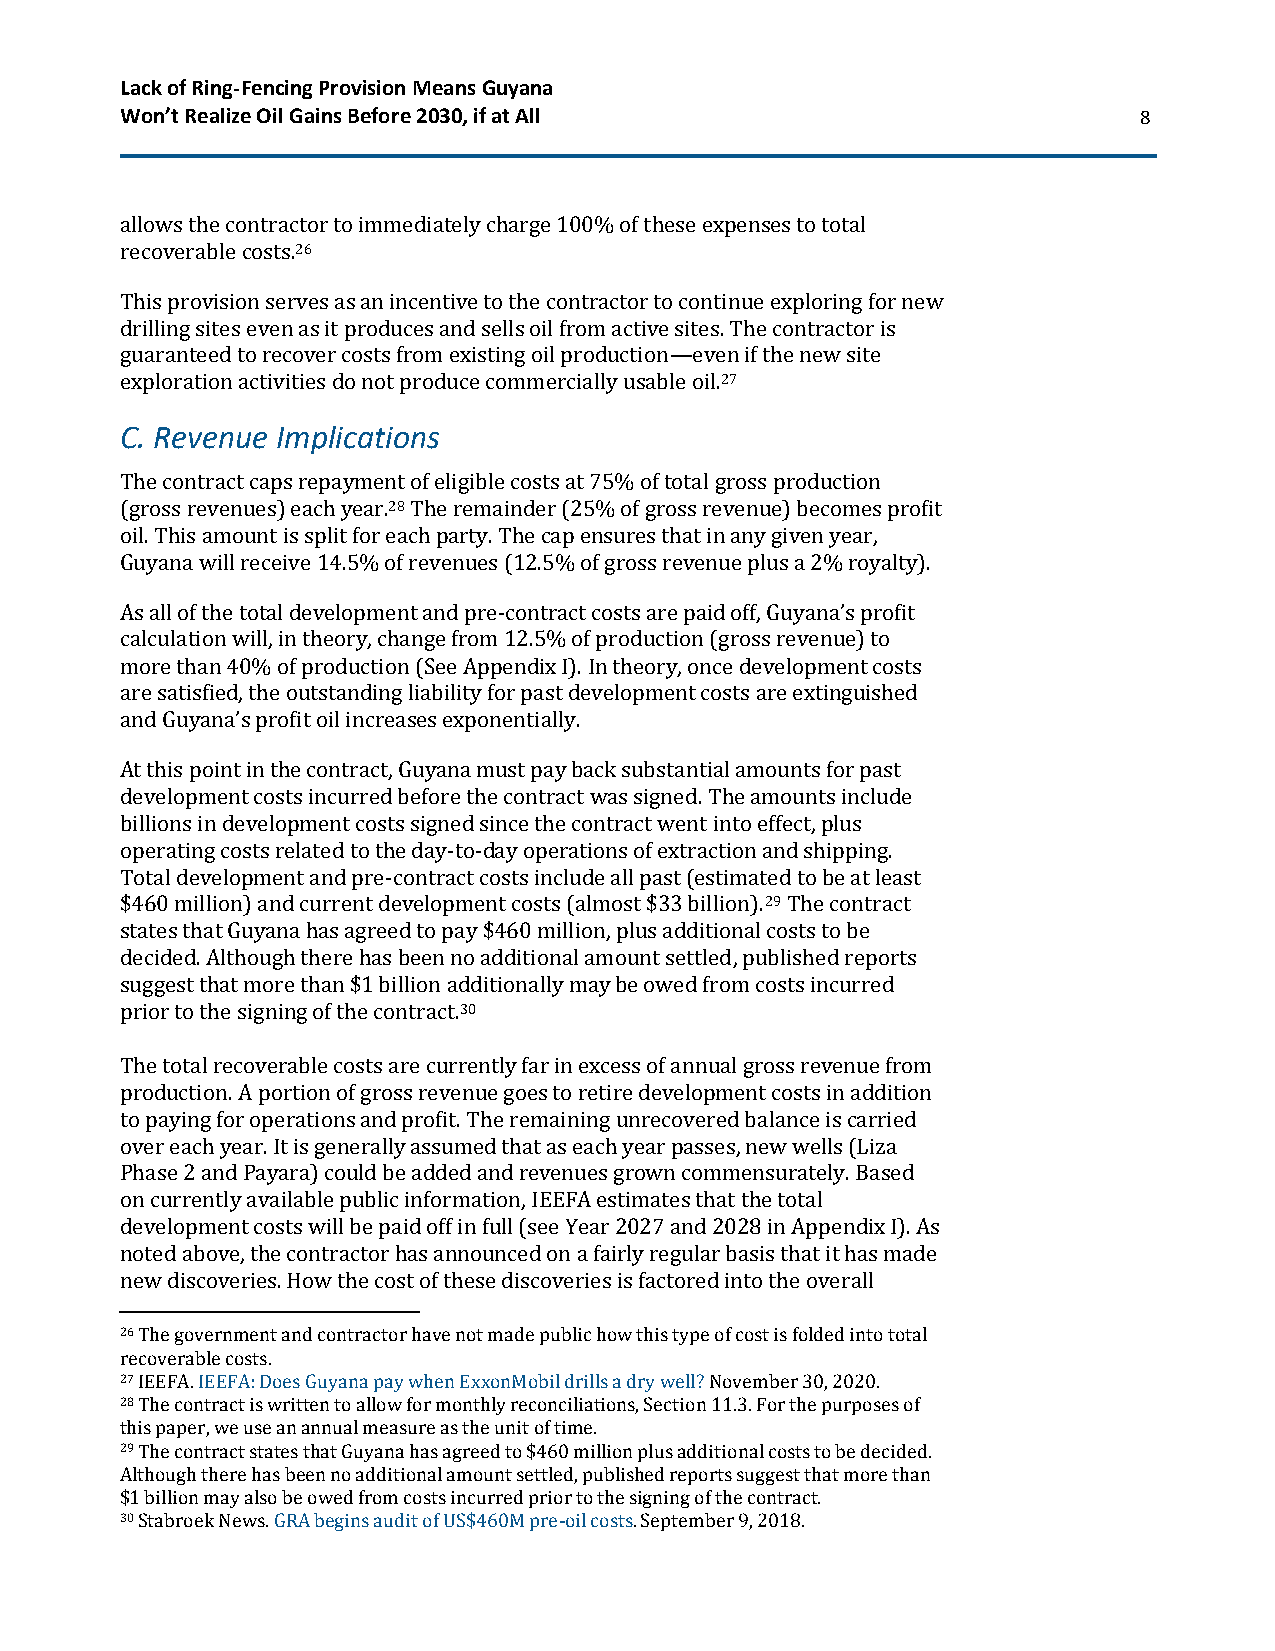
Lack of Ring-Fencing Provision Means Guyana
 Won’t Realize Oil Gains Before 2030, if at All                     8
 allows the contractor to immediately charge 100% of these expenses to total
 recoverable costs.26
 This provision serves as an incentive to the contractor to continue exploring for new
 drilling sites even as it produces and sells oil from active sites. The contractor is
 guaranteed to recover costs from existing oil production—even if the new site
 exploration activities do not produce commercially usable oil.27
 C. Revenue Implications
 The contract caps repayment of eligible costs at 75% of total gross production
 (gross revenues) each year.28 The remainder (25% of gross revenue) becomes profit
 oil. This amount is split for each party. The cap ensures that in any given year,
 Guyana will receive 14.5% of revenues (12.5% of gross revenue plus a 2% royalty).
 As all of the total development and pre-contract costs are paid off, Guyana’s profit
 calculation will, in theory, change from 12.5% of production (gross revenue) to
 more than 40% of production (See Appendix I). In theory, once development costs
 are satisfied, the outstanding liability for past development costs are extinguished
 and Guyana’s profit oil increases exponentially.
 At this point in the contract, Guyana must pay back substantial amounts for past
 development costs incurred before the contract was signed. The amounts include
 billions in development costs signed since the contract went into effect, plus
 operating costs related to the day-to-day operations of extraction and shipping.
 Total development and pre-contract costs include all past (estimated to be at least
 $460 million) and current development costs (almost $33 billion).29 The contract
 states that Guyana has agreed to pay $460 million, plus additional costs to be
 decided. Although there has been no additional amount settled, published reports
 suggest that more than $1 billion additionally may be owed from costs incurred
 prior to the signing of the contract.30
 The total recoverable costs are currently far in excess of annual gross revenue from
 production. A portion of gross revenue goes to retire development costs in addition
 to paying for operations and profit. The remaining unrecovered balance is carried
 over each year. It is generally assumed that as each year passes, new wells (Liza
 Phase 2 and Payara) could be added and revenues grown commensurately. Based
 on currently available public information, IEEFA estimates that the total
 development costs will be paid off in full (see Year 2027 and 2028 in Appendix I). As
 noted above, the contractor has announced on a fairly regular basis that it has made
 new discoveries. How the cost of these discoveries is factored into the overall
 26 The government and contractor have not made public how this type of cost is folded into total
 recoverable costs.
 27 IEEFA. IEEFA: Does Guyana pay when ExxonMobil drills a dry well? November 30, 2020.
 28 The contract is written to allow for monthly reconciliations, Section 11.3. For the purposes of
 this paper, we use an annual measure as the unit of time.
 29 The contract states that Guyana has agreed to $460 million plus additional costs to be decided.
 Although there has been no additional amount settled, published reports suggest that more than
 $1 billion may also be owed from costs incurred prior to the signing of the contract.
 30 Stabroek News. GRA begins audit of US$460M pre-oil costs. September 9, 2018.